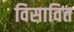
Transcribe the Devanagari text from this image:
विसावित